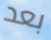
بعد